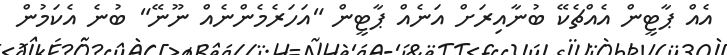
އެއް ޕާޓީން އެއްޗެކޭ ބުނާއިރަށް އަނެއް ޕާޓީން "އަހަރެމެންނެއް ނޫނޭ" ބުނެ އެކަމުން